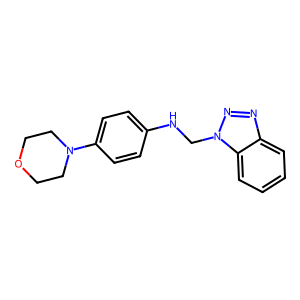
SMILES: c1ccc2c(c1)nnn2CNc1ccc(N2CCOCC2)cc1
Inhibits HIV replication: No